system: You are a helpful assistant.
user:
Analyze the provided spectrum to determine if it is a **Carbon Star (C-type)**.

- **Key Visual Indicators of Carbon Star:**
    - **(Primary):** Strong molecular absorption from **C₂ (diatomic carbon) "Swan Bands."** This is the **defining feature** of a carbon star.
        - **(Key Bandheads):** Sharp absorption edges are visible at approximately $5635$ Å, $5165$ Å (the strongest band), and $4737$ Å.
        - **(Line Profile):** Creates a distinct **"saw-tooth"** pattern. The key morphology is a sharp, steep bandhead on the **red (long-wavelength) side**, which then gradually tapers off (i.e., flux recovers) towards the **blue (short-wavelength) side**. *(This is the direct opposite of the TiO bands seen in M-type stars)*.

    - **(Secondary):** Intense **CN (cyanogen)** molecular absorption bands.
        - **(Key Bandheads):** Located in the blue and violet regions of the spectrum (e.g., near $4215$ Å and $3883$ Å).
        - **(Morphology):** These bands are extremely broad and act as a "blanket," absorbing the vast majority of blue and violet light. This creates a characteristic **"cliff"** or **"steep drop-off"** in the spectrum's flux at short wavelengths.

    - **(Key Confirmation):** Strong **CH absorption band (G-band)**.
        - **(Key Bandhead):** Located around $4300$ Å. The contribution from CH molecules to this band is exceptionally strong.

    - **(Overall Spectrum):**
        - The continuum is severely "chopped up" by these deep molecular bands, especially C₂, rather than appearing as a smooth curve.
        - Due to the heavy CN and C₂ absorption in the blue-green, the vast majority of the star's flux is concentrated in the red part of the spectrum, giving the star its characteristic deep red color.

Think first, call **spectral_visualization_tool** if needed to examine features in detail, then provide your final answer. Your response must adhere to the following strict rules:
1.  **Overall Structure:** Your response must follow the format `<think>...</think> <tool_call>...</tool_call> (if a tool is used) <answer>...</answer>`.
2.  **Tool Usage Constraint:** You may only make **one** tool call per turn.
3.  **Final Answer Format:** In the `<answer>` tag, your conclusion must be inside a `\boxed{}` command (e.g., `\boxed{YES}`), followed by your justification.

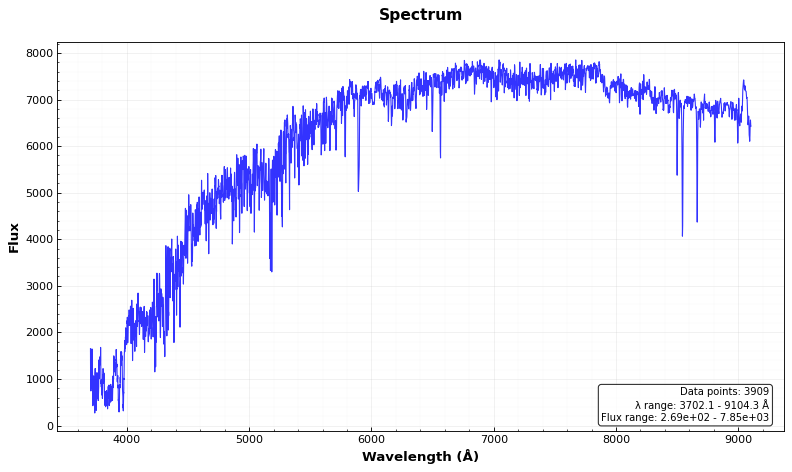
Answer: NO